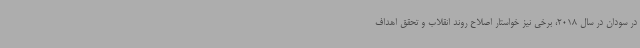
در سودان در سال 2018، برخی نیز خواستار اصلاح روند انقلاب و تحقق اهداف